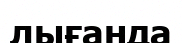
лығанда